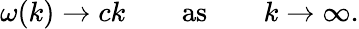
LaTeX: \omega(k)\to ck\qquad\mathrm{as}\qquad k\to\infty.